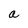
Character: a